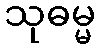
သုဓမ္မ